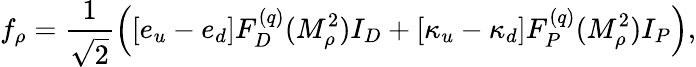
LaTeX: f_{\rho}=\frac{1}{\sqrt{2}}\left([e_{u}-e_{d}]F_{D}^{(q)}(M_{\rho}^{2})I_{D}+[\kappa_{u}-\kappa_{d}]F_{P}^{(q)}(M_{\rho}^{2})I_{P}\right),